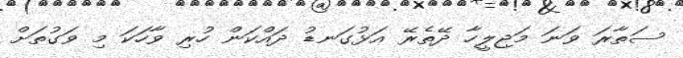
ސަތާރަ ވަނަ މަޖިލީހާ ދޭތެރޭ އަޅުގަނޑު ދައްކަން ހުރި ވާހަކަ މި ވަގުތަށް